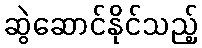
ဆွဲဆောင်နိုင်သည့်